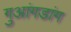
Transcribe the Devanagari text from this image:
गुआंगडांग